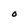
Character: O